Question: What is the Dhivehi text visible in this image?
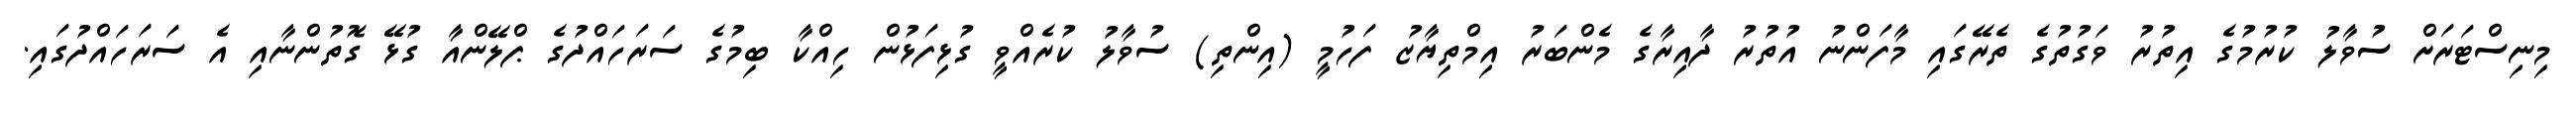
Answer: މިނިސްޓަރަށް ސުވާލު ކުރުމުގެ އިތުރު ވަގުތުގެ ތެރޭގައި މާފަންނު އުތުރު ދާއިރާގެ މެންބަރު އިމްތިޔާޒު ފަހުމީ (އިންތި) ސުވާލު ކުރެއްވީ ގުޅިފަޅުން ހިއްކާ ބިމުގެ ސަރަހައްދުގެ ޕްލޭންއާ ގުޅޭ ގޮތުންނާއި އެ ސަރަހައްދުގައި.